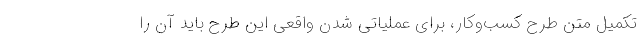
تکمیل متن طرح کسب‌‌وکار، برای عملیاتی شدن واقعی این طرح باید آن را